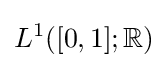
L^{1}([0,1];\mathbb {R} )